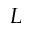
L